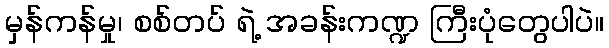
မှန်ကန်မှု၊ စစ်တပ် ရဲ့ အခန်းကဏ္ဍ ကြီးပုံတွေပါပဲ။